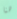
هنا